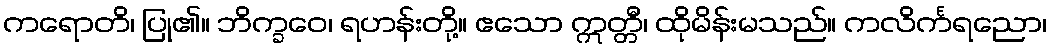
ကရောတိ၊ ပြု၏။ ဘိက္ခဝေ၊ ရဟန်းတို့။ ဧသော ဣတ္တီ၊ ထိုမိန်းမသည်။ ကလိင်္ကရညော၊